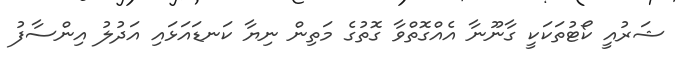
ޝަރުއީ ކޯޓުތަކަކީ ގާނޫނާ އެއްގޮތްވާ ގޮތުގެ މަތިން ނިޔާ ކަނޑައަޅައި އަދުލު އިންސާފު